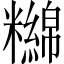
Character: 𥽔